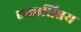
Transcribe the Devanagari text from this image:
एकाधिप्तय